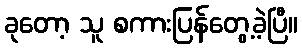
ခုတော့ သူ စကားပြန်တွေ့ခဲ့ပြီ။